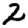
Digit: 2